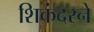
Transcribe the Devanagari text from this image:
शिकंदरने